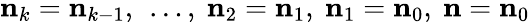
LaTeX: {\mathbf n}_{k}={\mathbf n}_{k-1},~\ldots,~{\mathbf n}_{2}={\mathbf n}_{1},~{\mathbf n}_{1}={\mathbf n}_{0},~{\mathbf n}={\mathbf n}_{0}